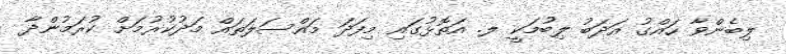
ލިބެންވާ ހައްގު އަދަބު ލިބުމަކީ ލ. އަތޮޅުގައި މިފަދަ މައްސަލަތައް މަދުކުރުމަށް ކުރަމުންދާ